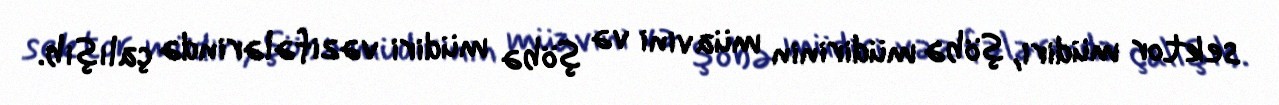
sektor müdiri, şöbə müdirinin müavini və şöbə müdiri vəzifələrində çalışıb.